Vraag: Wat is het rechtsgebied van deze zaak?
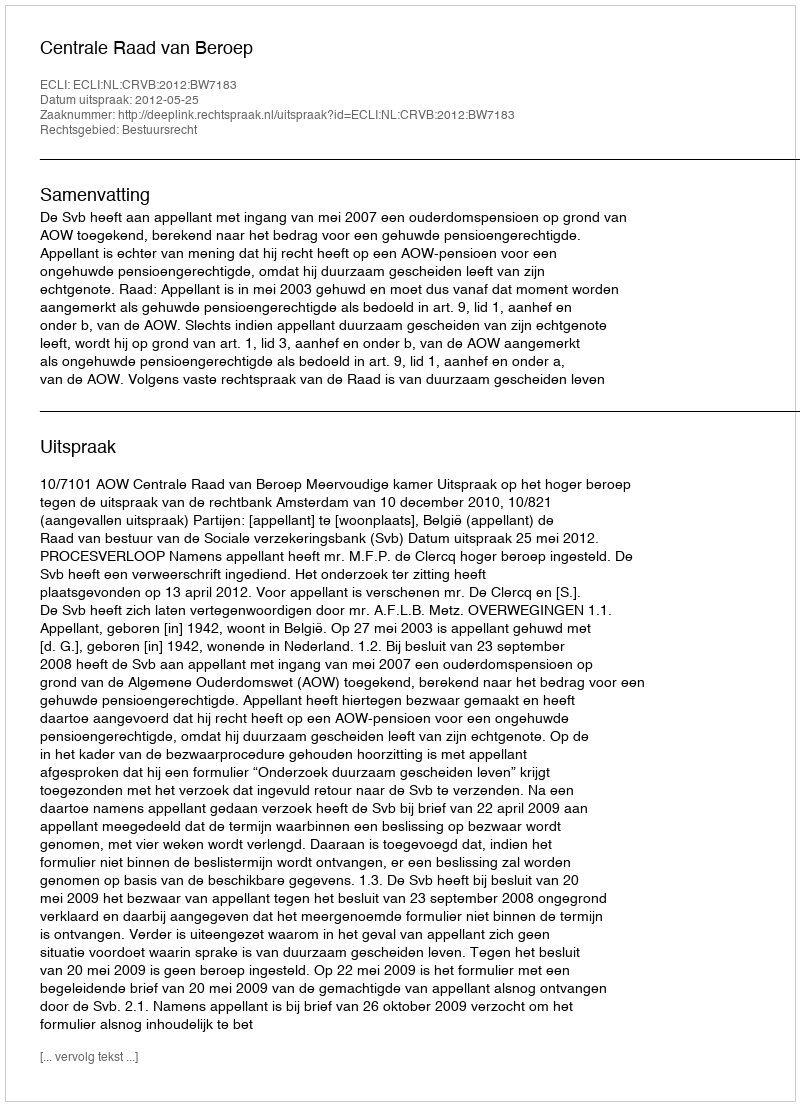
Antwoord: Bestuursrecht